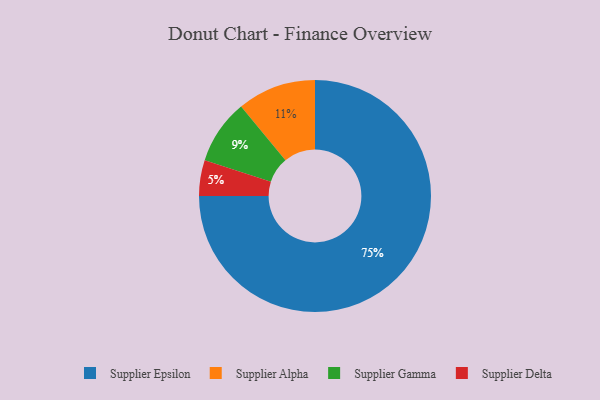
{"axis": {"x": "Category", "y": "Percentage"}, "legend": ["Supplier Alpha", "Supplier Delta", "Supplier Epsilon", "Supplier Gamma"], "data": [{"x": "Supplier Alpha", "y": 11, "type": "Supplier Alpha"}, {"x": "Supplier Gamma", "y": 9, "type": "Supplier Gamma"}, {"x": "Supplier Delta", "y": 5, "type": "Supplier Delta"}, {"x": "Supplier Epsilon", "y": 75, "type": "Supplier Epsilon"}]}